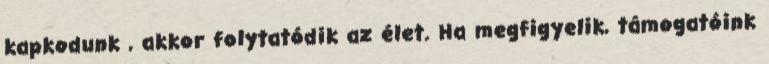
kapkodunk , akkor folytatódik az élet. Ha megfigyelik, támogatóink